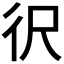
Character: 鿈